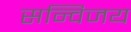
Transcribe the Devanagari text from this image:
सन्विजय